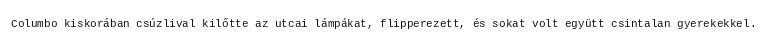
Columbo kiskorában csúzlival kilőtte az utcai lámpákat, flipperezett, és sokat volt együtt csintalan gyerekekkel.